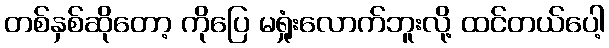
တစ်နှစ်ဆိုတော့ ကိုပြေ မရှုံးလောက်ဘူးလို့ ထင်တယ်ပေါ့